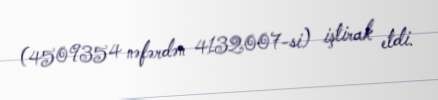
(4509354 nəfərdən 4132007-si) iştirak etdi.